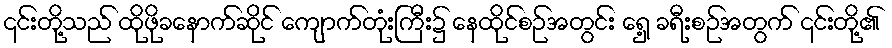
၎င်းတို့သည် ထိုဖိုခနောက်ဆိုင် ကျောက်တုံးကြီး၌ နေထိုင်စဉ်အတွင်း ရှေ့ ခရီးစဉ်အတွက် ၎င်းတို့၏